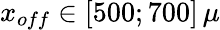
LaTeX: x_{off}\in[500;700]\, \mu